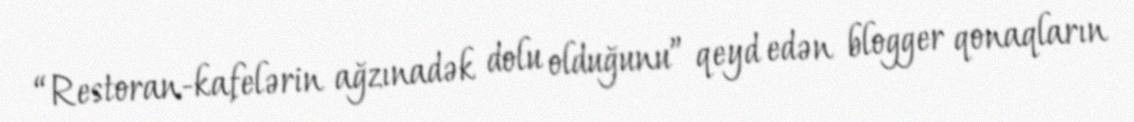
“Restoran-kafelərin ağzınadək dolu olduğunu” qeyd edən blogger qonaqların